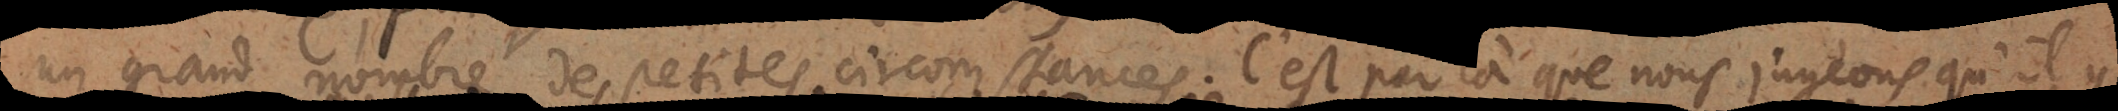
un grand nombre de petites circomstances. C’est par là que nous jugeons qu’il y